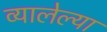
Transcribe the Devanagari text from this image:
व्यालेल्या